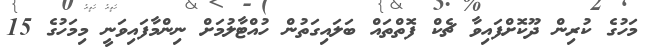
މަހުގެ ކުރިން ދޫކޮށްފައިވާ ޗެކް ފޮތްތައް ބަލައިގަތުން ހުއްޓާލުމަށް ނިންމާފައިވަނީ މިމަހުގެ 15